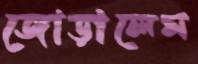
জোড়ালেম